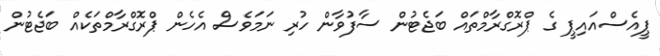
ޕީއެސްއައިޕީ ގެ ޕްރޮގްރާމްތައް ބަޖެޓުން ސާފުވާން ހުރި ނަމަވެސް އެހެން ޕްރޮގްރާމްތަކެއް ބަޖެޓުން